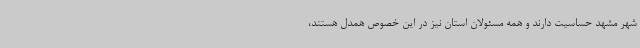
شهر مشهد حساسیت دارند و همه مسئولان استان نیز در این خصوص همدل هستند،